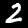
Label: 2